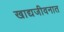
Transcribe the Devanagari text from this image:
खाद्यजीवनात